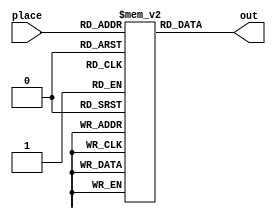
 module Sand_Box(place,out);
input wire [7:0] place;
output[7:0]out;
reg [7:0] S_box [0:255];
initial
begin
    S_box[0]  = 8'h63; S_box[1]  = 8'h7C; S_box[2]  = 8'h77; S_box[3]  = 8'h7B;
    S_box[4]  = 8'hF2; S_box[5]  = 8'h6B; S_box[6]  = 8'h6F; S_box[7]  = 8'hC5;
    S_box[8]  = 8'h30; S_box[9]  = 8'h01; S_box[10] = 8'h67; S_box[11] = 8'h2B;
    S_box[12] = 8'hFE; S_box[13] = 8'hD7; S_box[14] = 8'hAB; S_box[15] = 8'h76;
    S_box[16] = 8'hCA; S_box[17] = 8'h82; S_box[18] = 8'hC9; S_box[19] = 8'h7D;
    S_box[20] = 8'hFA; S_box[21] = 8'h59; S_box[22] = 8'h47; S_box[23] = 8'hF0;
    S_box[24] = 8'hAD; S_box[25] = 8'hD4; S_box[26] = 8'hA2; S_box[27] = 8'hAF;
    S_box[28] = 8'h9C; S_box[29] = 8'hA4; S_box[30] = 8'h72; S_box[31] = 8'hC0;
    S_box[32] = 8'hB7; S_box[33] = 8'hFD; S_box[34] = 8'h93; S_box[35] = 8'h26;
    S_box[36] = 8'h36; S_box[37] = 8'h3F; S_box[38] = 8'hF7; S_box[39] = 8'hCC;
    S_box[40] = 8'h34; S_box[41] = 8'hA5; S_box[42] = 8'hE5; S_box[43] = 8'hF1;
    S_box[44] = 8'h71; S_box[45] = 8'hD8; S_box[46] = 8'h31; S_box[47] = 8'h15;
    S_box[48] = 8'h04; S_box[49] = 8'hC7; S_box[50] = 8'h23; S_box[51] = 8'hC3;
    S_box[52] = 8'h18; S_box[53] = 8'h96; S_box[54] = 8'h05; S_box[55] = 8'h9A;
    S_box[56] = 8'h07; S_box[57] = 8'h12; S_box[58] = 8'h80; S_box[59] = 8'hE2;
    S_box[60] = 8'hEB; S_box[61] = 8'h27; S_box[62] = 8'hB2; S_box[63] = 8'h75;
    S_box[64] = 8'h09; S_box[65] = 8'h83; S_box[66] = 8'h2C; S_box[67] = 8'h1A;
    S_box[68] = 8'h1B; S_box[69] = 8'h6E; S_box[70] = 8'h5A; S_box[71] = 8'hA0;
    S_box[72] = 8'h52; S_box[73] = 8'h3B; S_box[74] = 8'hD6; S_box[75] = 8'hB3;
    S_box[76] = 8'h29; S_box[77] = 8'hE3; S_box[78] = 8'h2F; S_box[79] = 8'h84;
    S_box[80] = 8'h53; S_box[81] = 8'hD1; S_box[82] = 8'h00; S_box[83] = 8'hED;
    S_box[84] = 8'h20; S_box[85] = 8'hFC; S_box[86] = 8'hB1; S_box[87] = 8'h5B;
    S_box[88] = 8'h6A; S_box[89] = 8'hCB; S_box[90] = 8'hBE; S_box[91] = 8'h39;
    S_box[92] = 8'h4A; S_box[93] = 8'h4C; S_box[94] = 8'h58; S_box[95] = 8'hCF;
    S_box[96] = 8'hD0; S_box[97] = 8'hEF; S_box[98] = 8'hAA; S_box[99] = 8'hFB;
    S_box[100] = 8'h43; S_box[101] = 8'h4D; S_box[102] = 8'h33; S_box[103] = 8'h85;
    S_box[104] = 8'h45; S_box[105] = 8'hF9; S_box[106] = 8'h02; S_box[107] = 8'h7F;
    S_box[108] = 8'h50; S_box[109] = 8'h3C; S_box[110] = 8'h9F; S_box[111] = 8'hA8;
    S_box[112] = 8'h51; S_box[113] = 8'hA3; S_box[114] = 8'h40; S_box[115] = 8'h8F;
    S_box[116] = 8'h92; S_box[117] = 8'h9D; S_box[118] = 8'h38; S_box[119] = 8'hF5;
    S_box[120] = 8'hBC; S_box[121] = 8'hB6; S_box[122] = 8'hDA; S_box[123] = 8'h21;
    S_box[124] = 8'h10; S_box[125] = 8'hFF; S_box[126] = 8'hF3; S_box[127] = 8'hD2;
    S_box[128] = 8'hCD; S_box[129] = 8'h0C; S_box[130] = 8'h13; S_box[131] = 8'hEC;
    S_box[132] = 8'h5F; S_box[133] = 8'h97; S_box[134] = 8'h44; S_box[135] = 8'h17;
    S_box[136] = 8'hC4; S_box[137] = 8'hA7; S_box[138] = 8'h7E; S_box[139] = 8'h3D;
    S_box[140] = 8'h64; S_box[141] = 8'h5D; S_box[142] = 8'h19; S_box[143] = 8'h73;
    S_box[144] = 8'h60; S_box[145] = 8'h81; S_box[146] = 8'h4F; S_box[147] = 8'hDC;
    S_box[148] = 8'h22; S_box[149] = 8'h2A; S_box[150] = 8'h90; S_box[151] = 8'h88;
    S_box[152] = 8'h46; S_box[153] = 8'hEE; S_box[154] = 8'hB8; S_box[155] = 8'h14;
    S_box[156] = 8'hDE; S_box[157] = 8'h5E; S_box[158] = 8'h0B; S_box[159] = 8'hDB;
    S_box[160] = 8'hE0; S_box[161] = 8'h32; S_box[162] = 8'h3A; S_box[163] = 8'h0A;
    S_box[164] = 8'h49; S_box[165] = 8'h06; S_box[166] = 8'h24; S_box[167] = 8'h5C;
    S_box[168] = 8'hC2; S_box[169] = 8'hD3; S_box[170] = 8'hAC; S_box[171] = 8'h62;
    S_box[172] = 8'h91; S_box[173] = 8'h95; S_box[174] = 8'hE4; S_box[175] = 8'h79;
    S_box[176] = 8'hE7; S_box[177] = 8'hC8; S_box[178] = 8'h37; S_box[179] = 8'h6D;
    S_box[180] = 8'h8D; S_box[181] = 8'hD5; S_box[182] = 8'h4E; S_box[183] = 8'hA9;
    S_box[184] = 8'h6C; S_box[185] = 8'h56; S_box[186] = 8'hF4; S_box[187] = 8'hEA;
    S_box[188] = 8'h65; S_box[189] = 8'h7A; S_box[190] = 8'hAE; S_box[191] = 8'h08;
    S_box[192] = 8'hBA; S_box[193] = 8'h78; S_box[194] = 8'h25; S_box[195] = 8'h2E;
    S_box[196] = 8'h1C; S_box[197] = 8'hA6; S_box[198] = 8'hB4; S_box[199] = 8'hC6;
    S_box[200] = 8'hE8; S_box[201] = 8'hDD; S_box[202] = 8'h74; S_box[203] = 8'h1F;
    S_box[204] = 8'h4B; S_box[205] = 8'hBD; S_box[206] = 8'h8B; S_box[207] = 8'h8A;
    S_box[208] = 8'h70; S_box[209] = 8'h3E; S_box[210] = 8'hB5; S_box[211] = 8'h66;
    S_box[212] = 8'h48; S_box[213] = 8'h03; S_box[214] = 8'hF6; S_box[215] = 8'h0E;
    S_box[216] = 8'h61; S_box[217] = 8'h35; S_box[218] = 8'h57; S_box[219] = 8'hB9;
    S_box[220] = 8'h86; S_box[221] = 8'hC1; S_box[222] = 8'h1D; S_box[223] = 8'h9E;
    S_box[224] = 8'hE1; S_box[225] = 8'hF8; S_box[226] = 8'h98; S_box[227] = 8'h11;
    S_box[228] = 8'h69; S_box[229] = 8'hD9; S_box[230] = 8'h8E; S_box[231] = 8'h94;
    S_box[232] = 8'h9B; S_box[233] = 8'h1E; S_box[234] = 8'h87; S_box[235] = 8'hE9;
    S_box[236] = 8'hCE; S_box[237] = 8'h55; S_box[238] = 8'h28; S_box[239] = 8'hDF;
    S_box[240] = 8'h8C; S_box[241] = 8'hA1; S_box[242] = 8'h89; S_box[243] = 8'h0D;
    S_box[244] = 8'hBF; S_box[245] = 8'hE6; S_box[246] = 8'h42; S_box[247] = 8'h68;
    S_box[248] = 8'h41; S_box[249] = 8'h99; S_box[250] = 8'h2D; S_box[251] = 8'h0F;
    S_box[252] = 8'hB0; S_box[253] = 8'h54; S_box[254] = 8'hBB; S_box[255] = 8'h16;
end
assign out=S_box[place];
endmodule